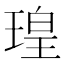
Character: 瑝